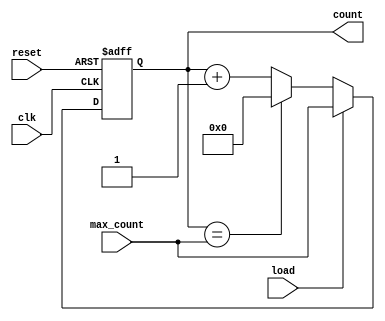
module binary_counter (
    input wire clk,           // Clock input
    input wire reset,         // Reset input
    input wire load,          // Load input
    input wire [3:0] max_count, // Maximum count value input
    output reg [3:0] count    // Count output
);

// Internal signals
reg [3:0] next_count;   // Next count value

// Binary Counter logic
always @ (posedge clk or posedge reset) begin
    if (reset) begin
        count <= 4'b0000;  // Reset count to 0
    end else if (load) begin
        count <= max_count;  // Load count with specified value
    end else begin
        count <= next_count;  // Update count with next value
    end
end

// Update next count value
always @* begin
    if (count == max_count) begin
        next_count = 4'b0000;  // Reset count when maximum value is reached
    end else begin
        next_count = count + 4'b0001;  // Increment count by 1
    end
end

endmodule